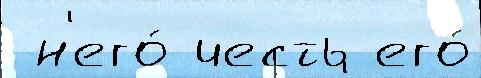
 н'его́ честь его́